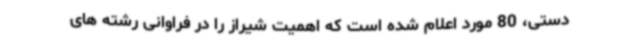
دستی، 80 مورد اعلام شده است که اهمیت شیراز را در فراوانی رشته های